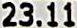
23.11